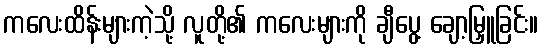
ကလေးထိန်းများကဲ့သို့ လူတို့၏ ကလေးများကို ချီပွေ့ ချော့မြှူခြင်း။